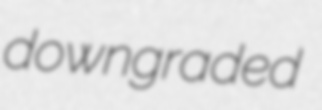
downgraded